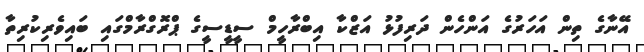
އޭނާގެ ތިން އަހަރުގެ އަންހެން ދަރިފުޅު އަޒްކާ އިބްރާހީމް ސީޑީސީގެ ޕްރޮގްރާމްގައި ބައިވެރިކުރިތާ